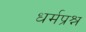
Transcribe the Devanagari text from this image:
धर्मप्रश्न